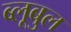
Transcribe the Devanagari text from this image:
ब्लूबुल